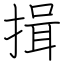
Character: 揖